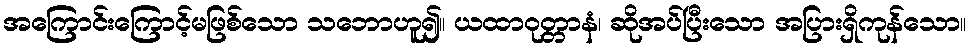
အကြောင်းကြောင့်မဖြစ်သော သဘောဟူ၍။ ယထာဝုတ္တာနံ၊ ဆိုအပ်ပြီးသော အပြားရှိကုန်သော။